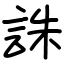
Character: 誅